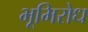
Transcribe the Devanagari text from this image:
भूमिरोध